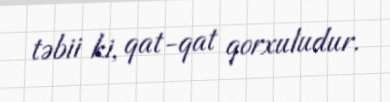
təbii ki, qat-qat qorxuludur.